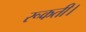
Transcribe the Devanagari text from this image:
रूकती।